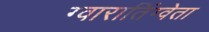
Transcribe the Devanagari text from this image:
ग्वारातिंग्वेता